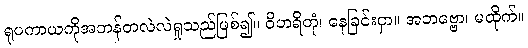
ရုပကာယကိုအဘန်တလဲလဲရှုသည်ဖြစ်၍။ ဝိဟရိတုံ၊ နေခြင်းငှာ။ အဘဗ္ဗော၊ မထိုက်။